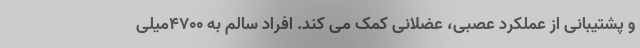
و پشتیبانی از عملکرد عصبی، عضلانی کمک می کند. افراد سالم به ۴۷۰۰میلی